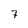
Character: 7